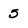
Character: 5